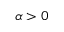
\alpha > 0